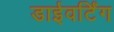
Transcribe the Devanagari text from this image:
डाईवर्टिंग